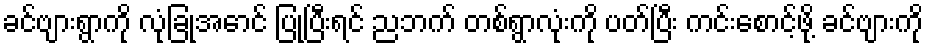
ခင်ဗျားရွာကို လုံခြုံအောင် ပြုပြီးရင် ညဘက် တစ်ရွာလုံးကို ပတ်ပြီး ကင်းစောင့်ဖို့ ခင်ဗျားကို